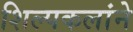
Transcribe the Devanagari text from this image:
शिल्पकलांने